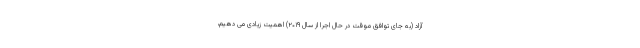
آزاد (به جای توافق موقت در حال اجرا از سال ۲۰۱۹) اهمیت زیادی می دهیم،